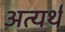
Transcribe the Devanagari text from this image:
अत्यर्थं